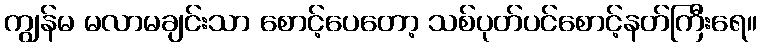
ကျွန်မ မလာမချင်းသာ စောင့်ပေတော့ သစ်ပုတ်ပင်စောင့်နတ်ကြီးရေ။